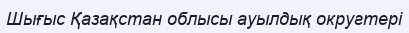
Шығыс Қазақстан облысы ауылдық округтері